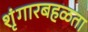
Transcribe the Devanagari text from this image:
शृंगारबहळता